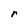
Character: r